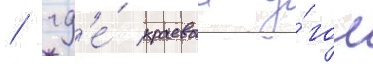
/ гд'е́ краевои у́гол